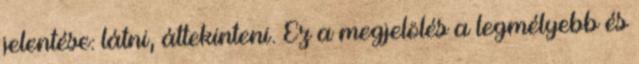
jelentése: látni, áttekinteni. Ez a megjelölés a legmélyebb és